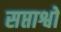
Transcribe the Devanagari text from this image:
सप्ताश्वो